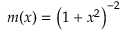
m ( x ) = { \left( 1 + x ^ { 2 } \right) } ^ { - 2 }